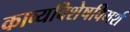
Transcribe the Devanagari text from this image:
काव्यविशेषविमर्श